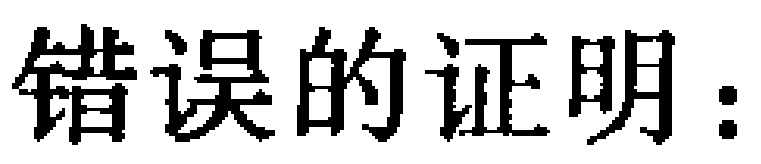
错误的证明：